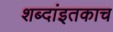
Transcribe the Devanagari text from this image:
शब्दांइतकाच